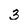
Character: 3